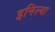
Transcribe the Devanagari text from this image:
इनिल्या